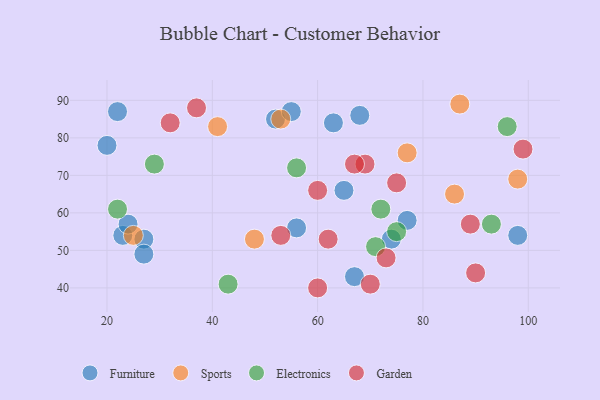
{"axis": {"x": "GDP", "y": "Life Expectancy"}, "legend": ["Electronics", "Furniture", "Garden", "Sports"], "data": [{"x": "52", "y": 85, "type": "Furniture"}, {"x": "68", "y": 86, "type": "Furniture"}, {"x": "55", "y": 87, "type": "Furniture"}, {"x": "63", "y": 84, "type": "Furniture"}, {"x": "67", "y": 43, "type": "Furniture"}, {"x": "23", "y": 54, "type": "Furniture"}, {"x": "65", "y": 66, "type": "Furniture"}, {"x": "20", "y": 78, "type": "Furniture"}, {"x": "77", "y": 58, "type": "Furniture"}, {"x": "56", "y": 56, "type": "Furniture"}, {"x": "27", "y": 53, "type": "Furniture"}, {"x": "74", "y": 53, "type": "Furniture"}, {"x": "22", "y": 87, "type": "Furniture"}, {"x": "98", "y": 54, "type": "Furniture"}, {"x": "27", "y": 49, "type": "Furniture"}, {"x": "24", "y": 57, "type": "Furniture"}, {"x": "53", "y": 85, "type": "Sports"}, {"x": "86", "y": 65, "type": "Sports"}, {"x": "25", "y": 54, "type": "Sports"}, {"x": "98", "y": 69, "type": "Sports"}, {"x": "77", "y": 76, "type": "Sports"}, {"x": "41", "y": 83, "type": "Sports"}, {"x": "87", "y": 89, "type": "Sports"}, {"x": "48", "y": 53, "type": "Sports"}, {"x": "93", "y": 57, "type": "Electronics"}, {"x": "43", "y": 41, "type": "Electronics"}, {"x": "56", "y": 72, "type": "Electronics"}, {"x": "96", "y": 83, "type": "Electronics"}, {"x": "22", "y": 61, "type": "Electronics"}, {"x": "71", "y": 51, "type": "Electronics"}, {"x": "75", "y": 55, "type": "Electronics"}, {"x": "72", "y": 61, "type": "Electronics"}, {"x": "29", "y": 73, "type": "Electronics"}, {"x": "60", "y": 66, "type": "Garden"}, {"x": "99", "y": 77, "type": "Garden"}, {"x": "37", "y": 88, "type": "Garden"}, {"x": "62", "y": 53, "type": "Garden"}, {"x": "90", "y": 44, "type": "Garden"}, {"x": "53", "y": 54, "type": "Garden"}, {"x": "32", "y": 84, "type": "Garden"}, {"x": "75", "y": 68, "type": "Garden"}, {"x": "89", "y": 57, "type": "Garden"}, {"x": "73", "y": 48, "type": "Garden"}, {"x": "69", "y": 73, "type": "Garden"}, {"x": "70", "y": 41, "type": "Garden"}, {"x": "67", "y": 73, "type": "Garden"}, {"x": "60", "y": 40, "type": "Garden"}]}